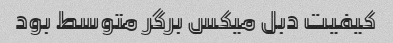
کیفیت دبل میکس برگر متوسط بود